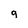
Character: g